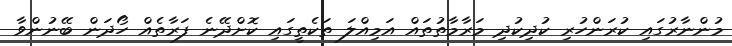
މުންނާރުގައި ކުރަންހުރި ކުދިކުދި މަރާމާތުތައް އަމިއްލަ ތަކެތީގައި ކޮށްދޭނެ ފަރާތެއް ހޯދަން ބޭނުންވާ